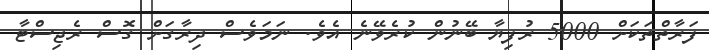
ފަރާތްތަކަށް 5000 ރުފިޔާ ބޭނުން ކުރެވޭނެ އެވެ. ނަމަވެސް ދިރާގަށް ގޮސް ރެޖިސްޓާ